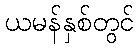
ယမန်နှစ်တွင်